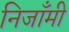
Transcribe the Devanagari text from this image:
निजाँमी